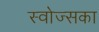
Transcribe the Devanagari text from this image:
स्वोज्सका